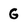
Character: G